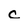
Character: c